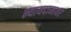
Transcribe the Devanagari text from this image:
न्यायदानावर